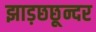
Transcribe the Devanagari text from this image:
झाड़छछून्दर